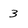
Character: 3